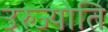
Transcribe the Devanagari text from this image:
उरुज्योति